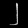
Digit: ၂